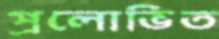
প্রলোভিত